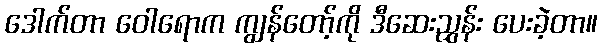
ဒေါက်တာ ဝေါရောက ကျွန်တော့်ကို ဒီဆေးညွှန်း ပေးခဲ့တာ။